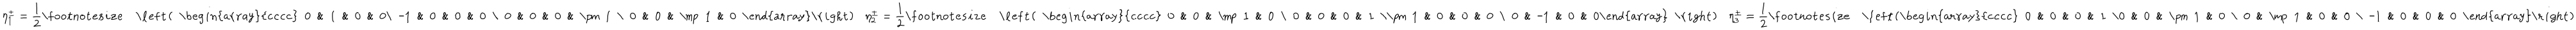
LaTeX: \eta _ { 1 } ^ { \pm } = { \frac { 1 } { 2 } } \texttt { \footnotesize \left( \begin{array} { c c c c } { { 0 } } & { { 1 } } & { { 0 } } & { { 0 } } \\ { { - 1 } } & { { 0 } } & { { 0 } } & { { 0 } } \\ { { 0 } } & { { 0 } } & { { 0 } } & { { \pm 1 } } \\ { { 0 } } & { { 0 } } & { { \mp 1 } } & { { 0 } } \\ \end{array} \right) } \, \, \eta _ { 2 } ^ { \pm } = { \frac { 1 } { 2 } } \texttt { \footnotesize \left( \begin{array} { c c c c } { { 0 } } & { { 0 } } & { { \mp 1 } } & { { 0 } } \\ { { 0 } } & { { 0 } } & { { 0 } } & { { 1 } } \\ { { \pm 1 } } & { { 0 } } & { { 0 } } & { { 0 } } \\ { { 0 } } & { { - 1 } } & { { 0 } } & { { 0 } } \\ \end{array} \right) } \, \, \eta _ { 3 } ^ { \pm } = { \frac { 1 } { 2 } } \texttt { \footnotesize \left( \begin{array} { c c c c } { { 0 } } & { { 0 } } & { { 0 } } & { { 1 } } \\ { { 0 } } & { { 0 } } & { { \pm 1 } } & { { 0 } } \\ { { 0 } } & { { \mp 1 } } & { { 0 } } & { { 0 } } \\ { { - 1 } } & { { 0 } } & { { 0 } } & { { 0 } } \\ \end{array} \right) }